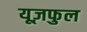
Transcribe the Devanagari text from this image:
यूज़फुल